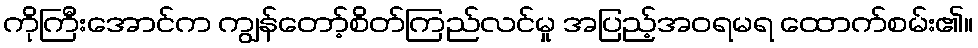
ကိုကြီးအောင်က ကျွန်တော့်စိတ်ကြည်လင်မှု အပြည့်အဝရမရ ထောက်စမ်း၏။